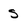
Character: s